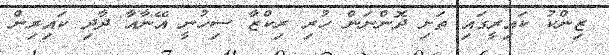
ޒިންކު ކައިރީގައި ތަށި ދޮންނަން ހުރި ރިކްޒާ ސިހުނީ އޭނާއާ ދާދި ކައިރިން